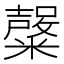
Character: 𱹣